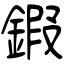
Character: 鍜